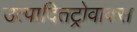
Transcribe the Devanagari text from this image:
उत्पादितट्रोवाक्स